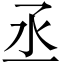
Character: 丞